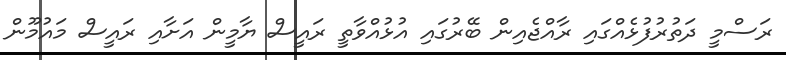
ރަސްމީ ދަތުރުފުޅެއްގައި ރާއްޖެއިން ބޭރުގައި އުޅުއްވާތީ ރައީސް ޔާމީން އަށާއި ރައީސް މައުމޫން